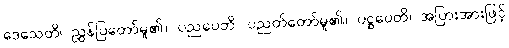
ဒေသေတိ၊ ညွှန်ပြတော်မူ၏။ ပညပေတိ၊ ပညတ်တော်မူ၏။ ပဋ္ဌပေတိ၊ အပြားအားဖြင့်